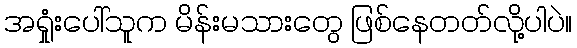
အရှုံးပေါ်သူက မိန်းမသားတွေ ဖြစ်နေတတ်လို့ပါပဲ။